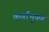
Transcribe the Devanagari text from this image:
कर्णाभूषण